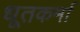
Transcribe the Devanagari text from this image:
धूतकर्मा